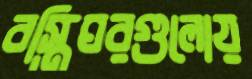
বস্তিঘরগুলোয়